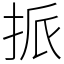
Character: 挀